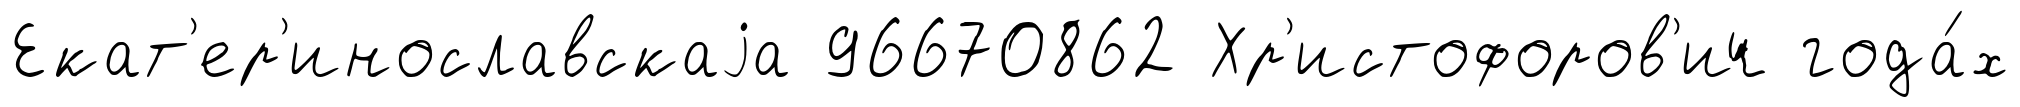
Екат'ер'инославскаjа 96670862 Хр'истофоров'ич года́х